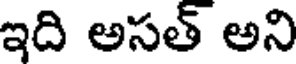
ఇది అసత్ అని